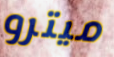
ميترو